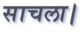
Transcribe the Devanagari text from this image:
साचला।